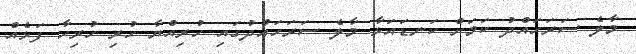
މާލެ ސަރަހައްދު ކަމަށް ކަނޑައަޅާ މާލެ ސަރަހައްދުގައި ހުރިއްޔާ ހުރި ހުރިހާ ފަޅެއް